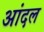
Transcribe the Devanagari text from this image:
आंदल